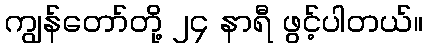
ကျွန်တော်တို့ ၂၄ နာရီ ဖွင့်ပါတယ်။